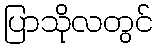
ပြာသိုလတွင်